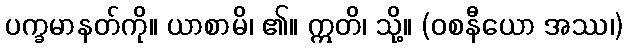
ပက္ခမာနတ်ကို။ ယာစာမိ၊ ၏။ ဣတိ၊ သို့။ (ဝစနီယော အဿ၊)